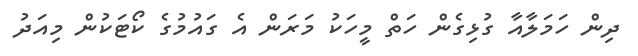
ދިން ހަމަލާއާ ގުޅިގެން ހަތް މީހަކު މަރަން އެ ގައުމުގެ ކޯޓަކުން މިއަދު